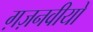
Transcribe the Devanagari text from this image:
ग़ज़नवीयों